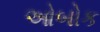
ઓબોક